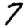
Digit: 7